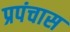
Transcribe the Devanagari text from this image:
प्रपंचास